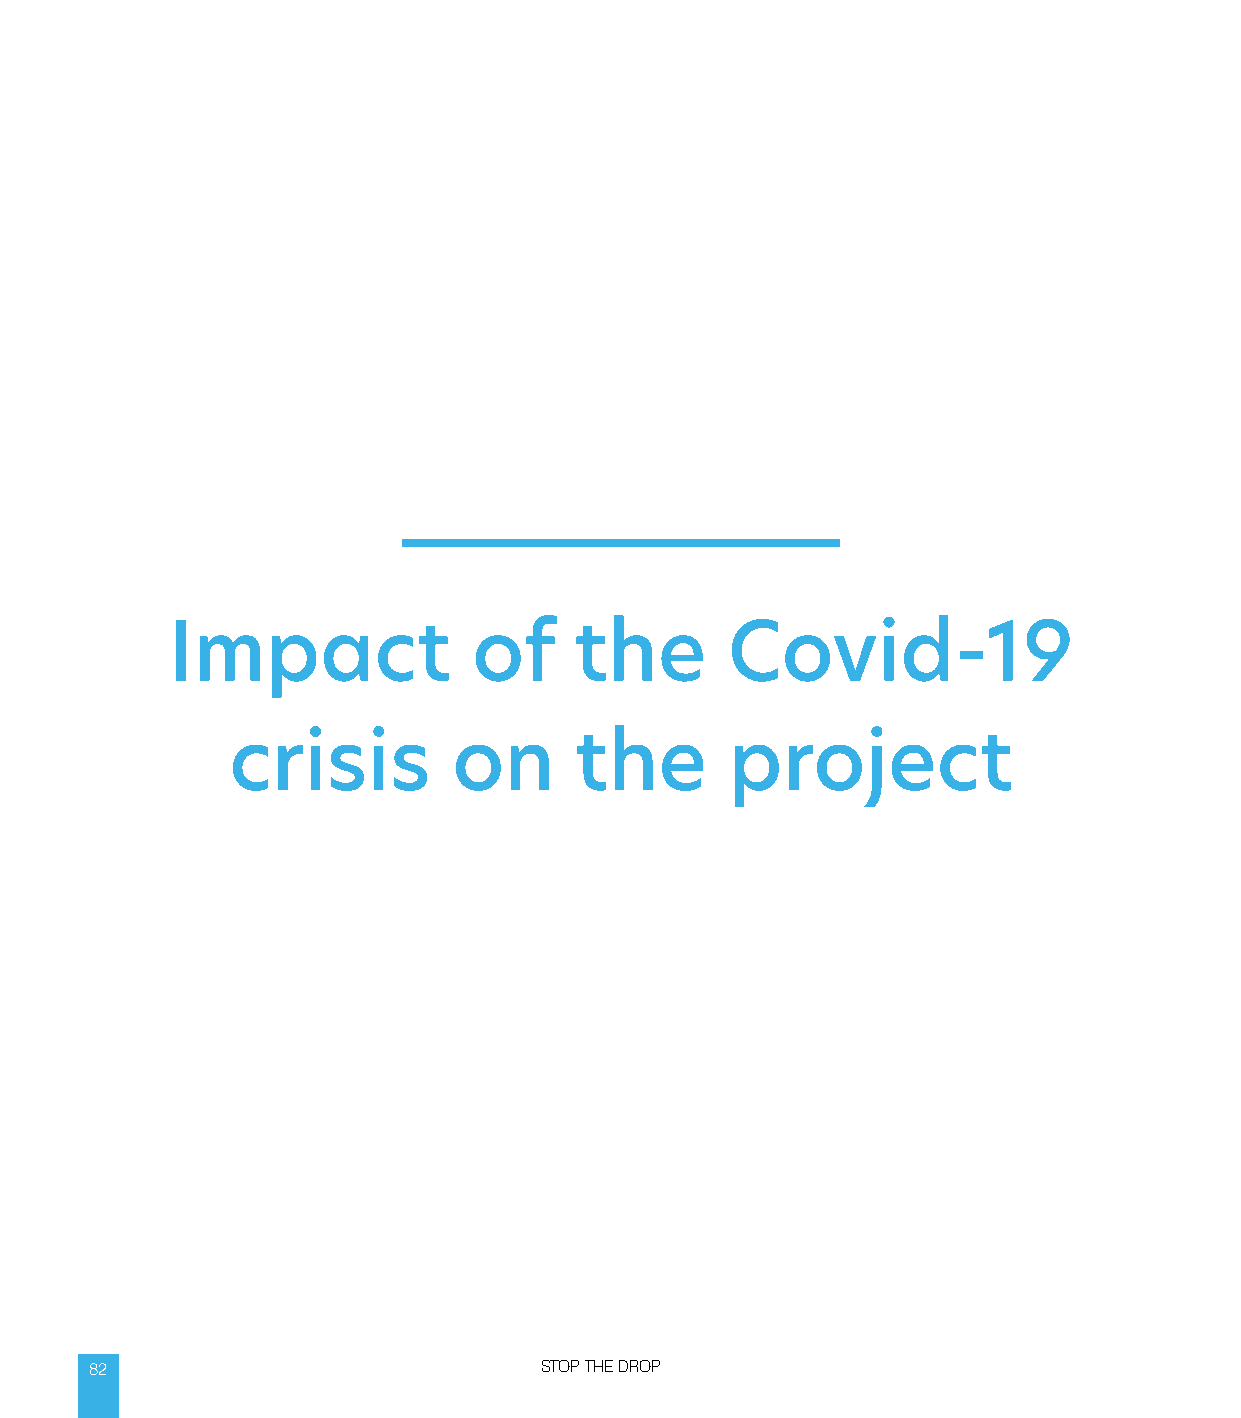
Impact              of     the       Covid-19
 crisis         on      the       project
 82                            STOP THE DROP